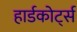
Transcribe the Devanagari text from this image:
हार्डकोर्ट्स